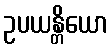
ဥပယန္တိယော